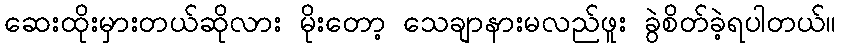
ဆေးထိုးမှားတယ်ဆိုလား မိုးတော့ သေချာနားမလည်ဖူး ခွဲစိတ်ခဲ့ရပါတယ်။